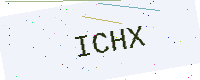
Text: ICHX